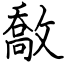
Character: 敿